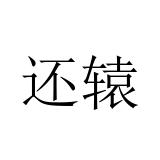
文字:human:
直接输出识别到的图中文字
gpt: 还辕